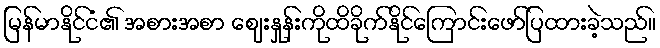
မြန်မာနိုင်ငံ၏ အစားအစာ ဈေးနှုန်းကိုထိခိုက်နိုင်ကြောင်းဖော်ပြထားခဲ့သည်။